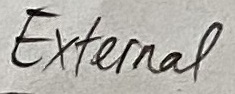
Text: External